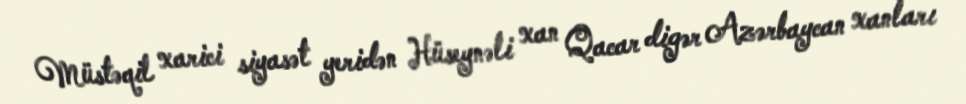
Müstəqil xarici siyasət yeridən Hüseynəli xan Qacar digər Azərbaycan xanları